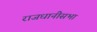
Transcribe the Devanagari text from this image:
राजधानीसभा